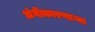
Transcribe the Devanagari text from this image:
अंगीकारणाऱ्या